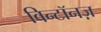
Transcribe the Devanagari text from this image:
विन्टॉनज़